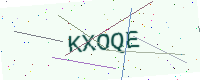
Text: KXOQE